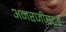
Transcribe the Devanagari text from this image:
अनरजीस्टर्ड